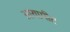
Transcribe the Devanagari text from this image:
आयामीट